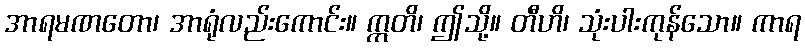
အာရမဏတော၊ အာရုံလည်းကောင်း။ ဣတိ၊ ဤသို့။ တီဟိ၊ သုံးပါးကုန်သော။ ကာရ